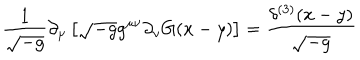
{ \frac { 1 } { \sqrt { - g } } } \partial _ { \mu } \left[ \sqrt { - g } g ^ { \mu \nu } \partial _ { \nu } G ( x - y ) \right] = { \frac { \delta ^ { ( 3 ) } ( x - y ) } { \sqrt { - g } } } \,